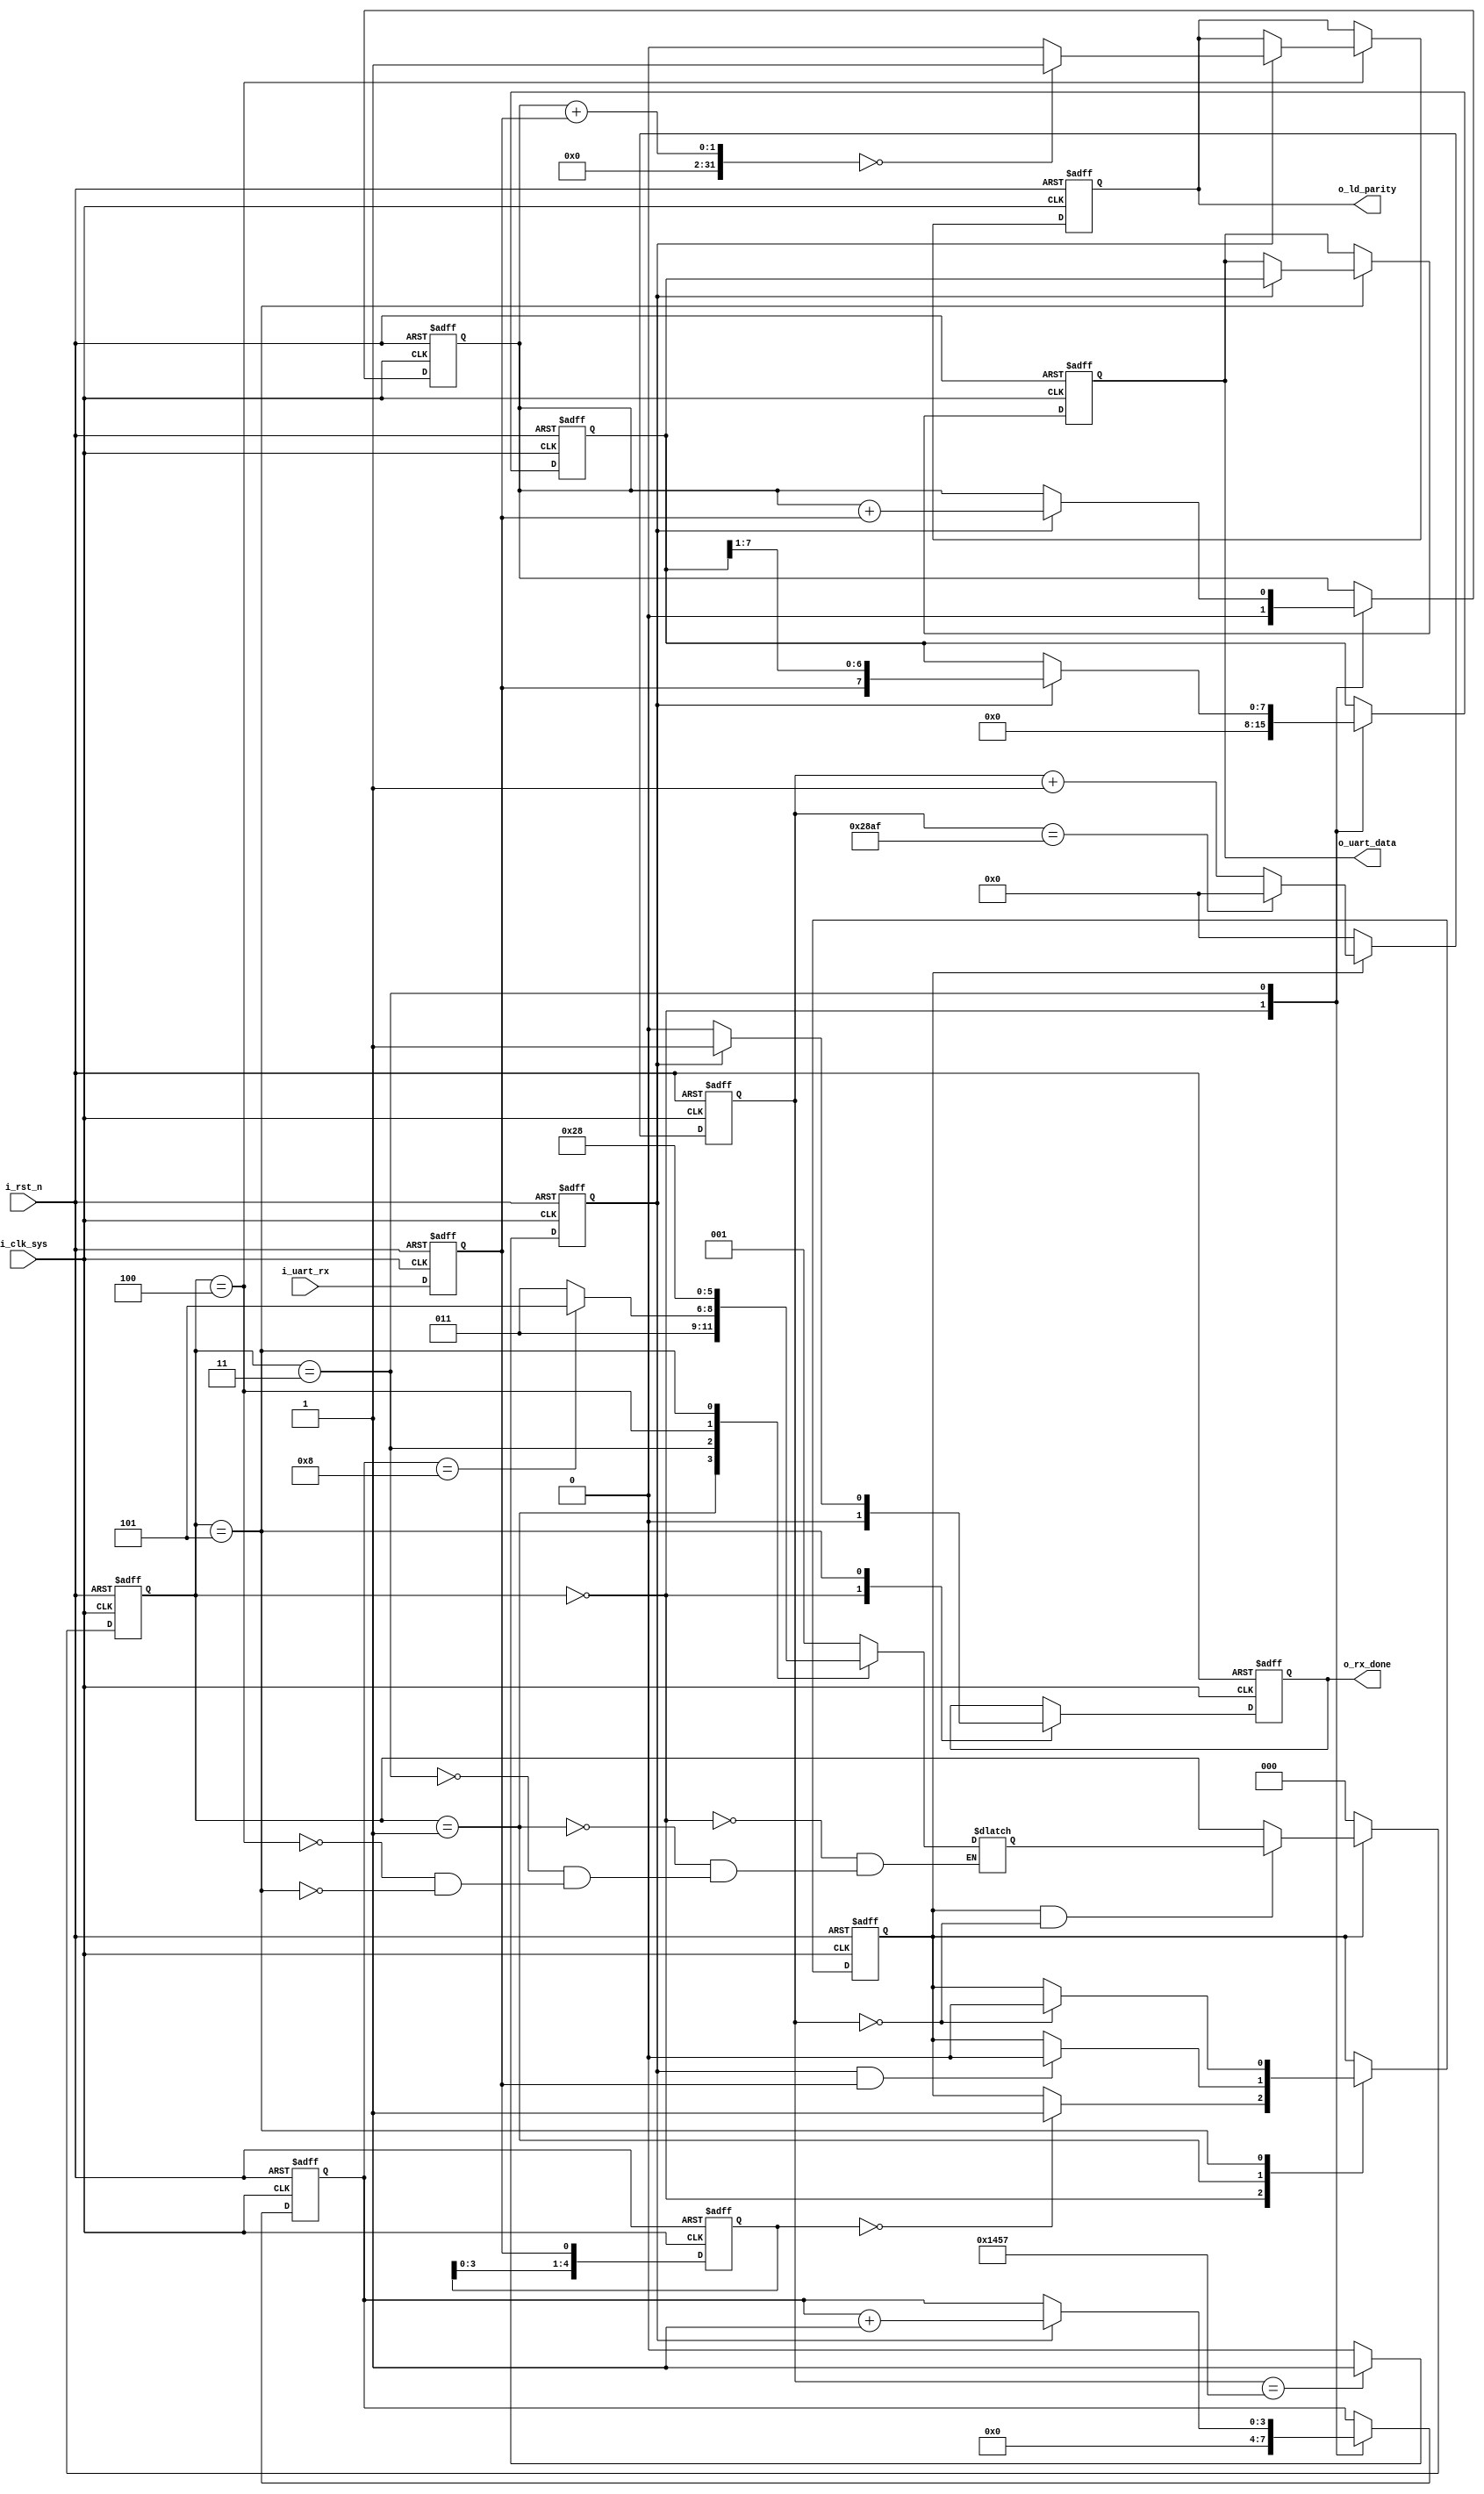
`timescale 1ns / 1ps
//`timescale 1us / 1ns

module UART_Receiver
#(
    //parameter CLK_FRE = 100,         //100MHz
    parameter CLK_FRE = 100,         //500MHz
    parameter DATA_WIDTH = 8,       //8
    parameter PARITY_ON = 0,        //100
    parameter PARITY_TYPE = 0,      //10
    parameter BAUD_RATE = 9600      //9600
)
(
    input                           i_clk_sys,      //
    input                           i_rst_n,        //,
   // input                           start_receiving, //
    input                           i_uart_rx,      //UART
    output reg[DATA_WIDTH-1 :0]     o_uart_data,    //UART
    output reg                      o_ld_parity,    //LED
    output reg                      o_rx_done       //UART
    );
    
    /*
    UARTFPGA
    
    */
    reg sync_uart_rx;
    always@(posedge i_clk_sys or negedge i_rst_n)
        begin
            if(!i_rst_n)
                sync_uart_rx <= 1'b1;
            else
                sync_uart_rx <= i_uart_rx;
        end
    
    /*
    rx
    
    */
    reg [4:0] r_flag_rcv_start;
    wire w_rcv_start;
    always@(posedge i_clk_sys or negedge i_rst_n)
        begin
            if(!i_rst_n)
                r_flag_rcv_start <= 5'b11111;
            else
                r_flag_rcv_start <= {r_flag_rcv_start[3:0], sync_uart_rx};
                //r_flag_rcv_start <= 5'b00000;
        end
    
    
    //
    reg [2:0] r_current_state;  //
    reg [2:0] r_next_state;     //
        
    localparam STATE_IDLE = 3'b000;         //
    localparam STATE_START = 3'b001;        //
    localparam STATE_DATA = 3'b011;         //
    localparam STATE_PARITY = 3'b100;       //
    localparam STATE_END = 3'b101;          //
    
    localparam CYCLE = CLK_FRE * 1000000 / BAUD_RATE;   //
    //localparam CYCLE = CLK_FRE / BAUD_RATE;   //
    
    reg baud_valid;                         //
    reg [31:0] baud_cnt;                    // 
    reg baud_pulse;                         //
    
    reg [3:0]   r_rcv_cnt;      //
    reg stop_bit,start_bit;
    
    //
    always@(posedge i_clk_sys or negedge i_rst_n)
        begin
            if(!i_rst_n)
                baud_cnt <= 32'h0000;
            else if(!baud_valid)
                baud_cnt <= 32'h0000;
            else if(baud_cnt == CYCLE - 1)
                baud_cnt <= 32'h0000;
            else
                baud_cnt <= baud_cnt + 1'b1;
        end
        
    //
    always@(posedge i_clk_sys or negedge i_rst_n)
        begin
            if(!i_rst_n)
                baud_pulse <= 1'b0;
            else if(baud_cnt == CYCLE / 2 - 1)
                baud_pulse <= 1'b1;
            else
                baud_pulse <= 1'b0;
        end
    
    //
    always@(posedge i_clk_sys or negedge i_rst_n)
        begin
            if(!i_rst_n)
                r_current_state <= STATE_IDLE;
            else if(!baud_valid)
                r_current_state <= STATE_IDLE;
            else if(baud_valid && baud_cnt == 32'h0000)
                r_current_state <= r_next_state;
        end
    
    //
    always@(*)
        begin
            case(r_current_state)
                STATE_IDLE:     r_next_state <= STATE_START;
                STATE_START:    r_next_state <= STATE_DATA;
                STATE_DATA:
                    if(r_rcv_cnt == DATA_WIDTH)
                        begin
                            if(PARITY_ON == 0)
                                r_next_state <= STATE_END;
                            else
                                r_next_state <= STATE_PARITY;       //
                        end
                    else
                        begin
                                r_next_state <= STATE_DATA;
                        end
                STATE_PARITY:   r_next_state <= STATE_END;
                STATE_END:      r_next_state <= STATE_IDLE;
                default:;
            endcase
        end
    
    reg[DATA_WIDTH - 1 :0] r_data_rcv;
    reg r_parity_check;
    
    //
    always@(posedge i_clk_sys or negedge i_rst_n)
        begin
            //if(!i_rst_n || !start_receiving)
            if(!i_rst_n)
                begin
                    baud_valid <= 1'b0;
                    r_data_rcv <= 'd0;
                    r_rcv_cnt <= 4'd0;
                    r_parity_check <= 1'b0;
                    o_uart_data <= 'd0;
                    o_ld_parity <= 1'b0;
                    o_rx_done <= 1'b0;
                end
            else
                case(r_current_state)
                    STATE_IDLE:
						begin
                            //
                            r_rcv_cnt <= 4'd0;
                            r_data_rcv <= 'd0;
                            r_parity_check <= 1'b0;
                            o_rx_done <= 1'b0;
                            //UARTbaud_valid
                            if(r_flag_rcv_start == 5'b00000)
                                baud_valid <= 1'b1;
                        end
                    STATE_START:
						begin
                            if(baud_pulse && sync_uart_rx)     //IDLE
                                baud_valid <= 1'b0;
                            start_bit <= sync_uart_rx;
                        end
                    STATE_DATA:
						begin
                            if(baud_pulse)
                                begin
                                    r_data_rcv <= {sync_uart_rx, r_data_rcv[DATA_WIDTH-1 : 1]}; //
                                    r_rcv_cnt <= r_rcv_cnt + 1'b1;                          //
                                    r_parity_check <= r_parity_check + sync_uart_rx;        //
                                end
                        end
                    STATE_PARITY:begin
                            if(baud_pulse)
                                begin
                                //o_ld_parityled
                                    if(r_parity_check + sync_uart_rx == PARITY_TYPE)
                                        o_ld_parity <= 1'b1;
                                    else
                                        o_ld_parity <= 1'b0;
                                end
                            else
                                        o_ld_parity <= o_ld_parity;
                        end
                    STATE_END:begin
                            if(baud_pulse)
                                begin
                                //
                                    if(PARITY_ON == 0 || o_ld_parity)
                                        begin
                                            o_uart_data <= r_data_rcv;
                                            stop_bit<= sync_uart_rx;
                                            o_rx_done <= 1'b1;
                                        end
                                end
                            else
                                begin
                                    stop_bit<= 1'b0;
                                    o_rx_done <= 1'b0;
                                end
                            
                            if(baud_cnt == 32'h0000)
                                baud_valid <= 1'b0;
                        end
                    default:;
                endcase
        end
    
    
endmodule